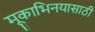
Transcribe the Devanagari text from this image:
मूकाभिनयासाठी